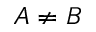
A \neq B